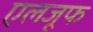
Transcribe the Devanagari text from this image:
एलजूफ